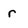
Character: r